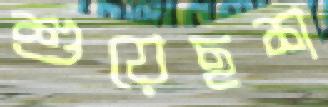
শুয়েছশ